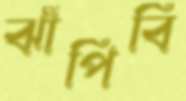
ঝাঁপিবি